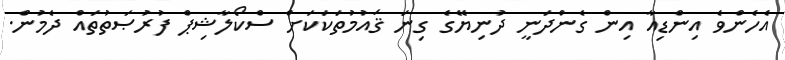
އެހެންވެ އިންޑިއާ އިން ގެންދަނީ ދުނިޔޭގެ ގިނަ ޤައުމުތަކަކަށް ސްކޯލާޝިޕް ފުރުޞަތުތައް ދެމުން.